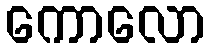
ကောလော